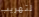
لتهريب